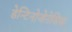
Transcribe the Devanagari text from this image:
डेन्टिनोजेनेसिस